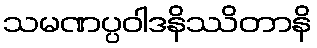
သမဏပ္ပဝါဒနိဿိတာနိ